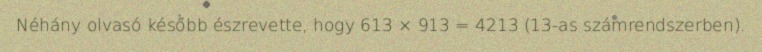
Néhány olvasó később észrevette, hogy 613 × 913 = 4213 (13-as számrendszerben).